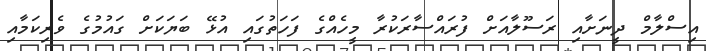
އިސްލާމް ދީނަށާއި ރަސޫލާއަށް ފުރައްސާރަކުރާ މީހެއްގެ ފަހަތުގައި އުޅޭ ބަޔަކަށް ގައުމުގެ ވެރިކަމާއި